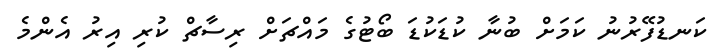
ކަނޑުފޭރުނު ކަމަށް ބުނާ ކުޑަކުޑަ ބޯޓުގެ މައްޗަށް ރިސާޗް ކުރި އިރު އެންމެ